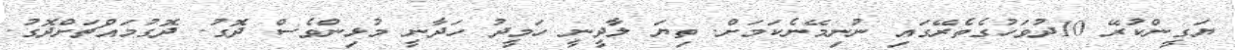
ޔަގީންކުރޭ 10ދުވަހުގެތެރޭގައި ނުނިމޭނެކަމަށް. ތިޔަ ލާދީނީ ހަމީދު ހަދާނީ މުޅިންވެސް ދޮގު. ދޮގުމައްޗަށްދޮގު.